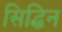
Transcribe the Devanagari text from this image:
सिद्धिन